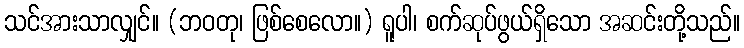
သင်အားသာလျှင်။ (ဘဝတု၊ ဖြစ်စေလော။) ရူပါ၊ စက်ဆုပ်ဖွယ်ရှိသော အဆင်းတို့သည်။